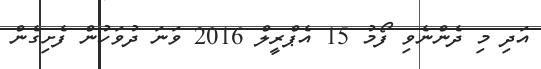
އަދި މި ދެންނެވި ފޯމު 15 އެޕްރީލް 2016 ވަނަ ދުވަހުން ފެށިގެން